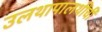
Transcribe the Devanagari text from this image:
उलथापालथींची